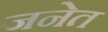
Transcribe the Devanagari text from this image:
जनेत